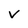
Character: v